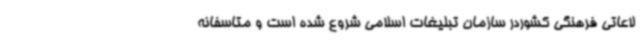
لاعاتی فرهنگی کشوردر سازمان تبلیغات اسلامی شروع شده است و متاسفانه